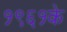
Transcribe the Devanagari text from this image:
१९६१के